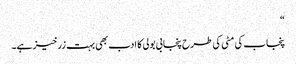
“
پنجاب کی مٹی کی طرح پنجابی بولی کا ادب بھی بہت زرخیز ہے۔